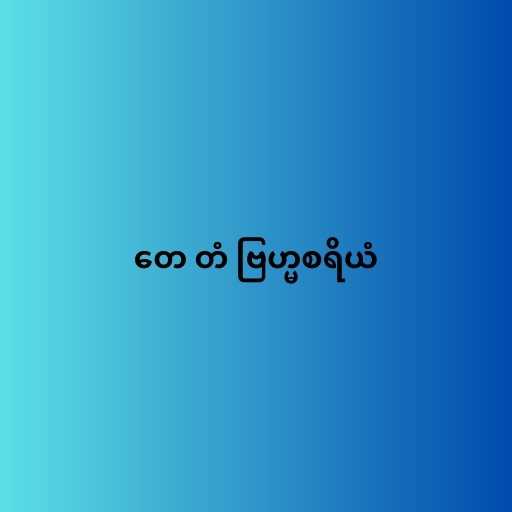
တေ တံ ဗြဟ္မစရိယံ